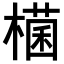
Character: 𣛃